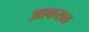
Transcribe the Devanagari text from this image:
आकसत